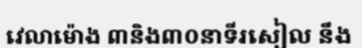
វេលាម៉ោង ៣និង៣០នាទីរសៀល នឹង